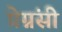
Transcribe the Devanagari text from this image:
प्रेग्नंसी